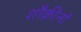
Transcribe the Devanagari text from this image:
शौक़ीनों